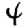
Digit: 4